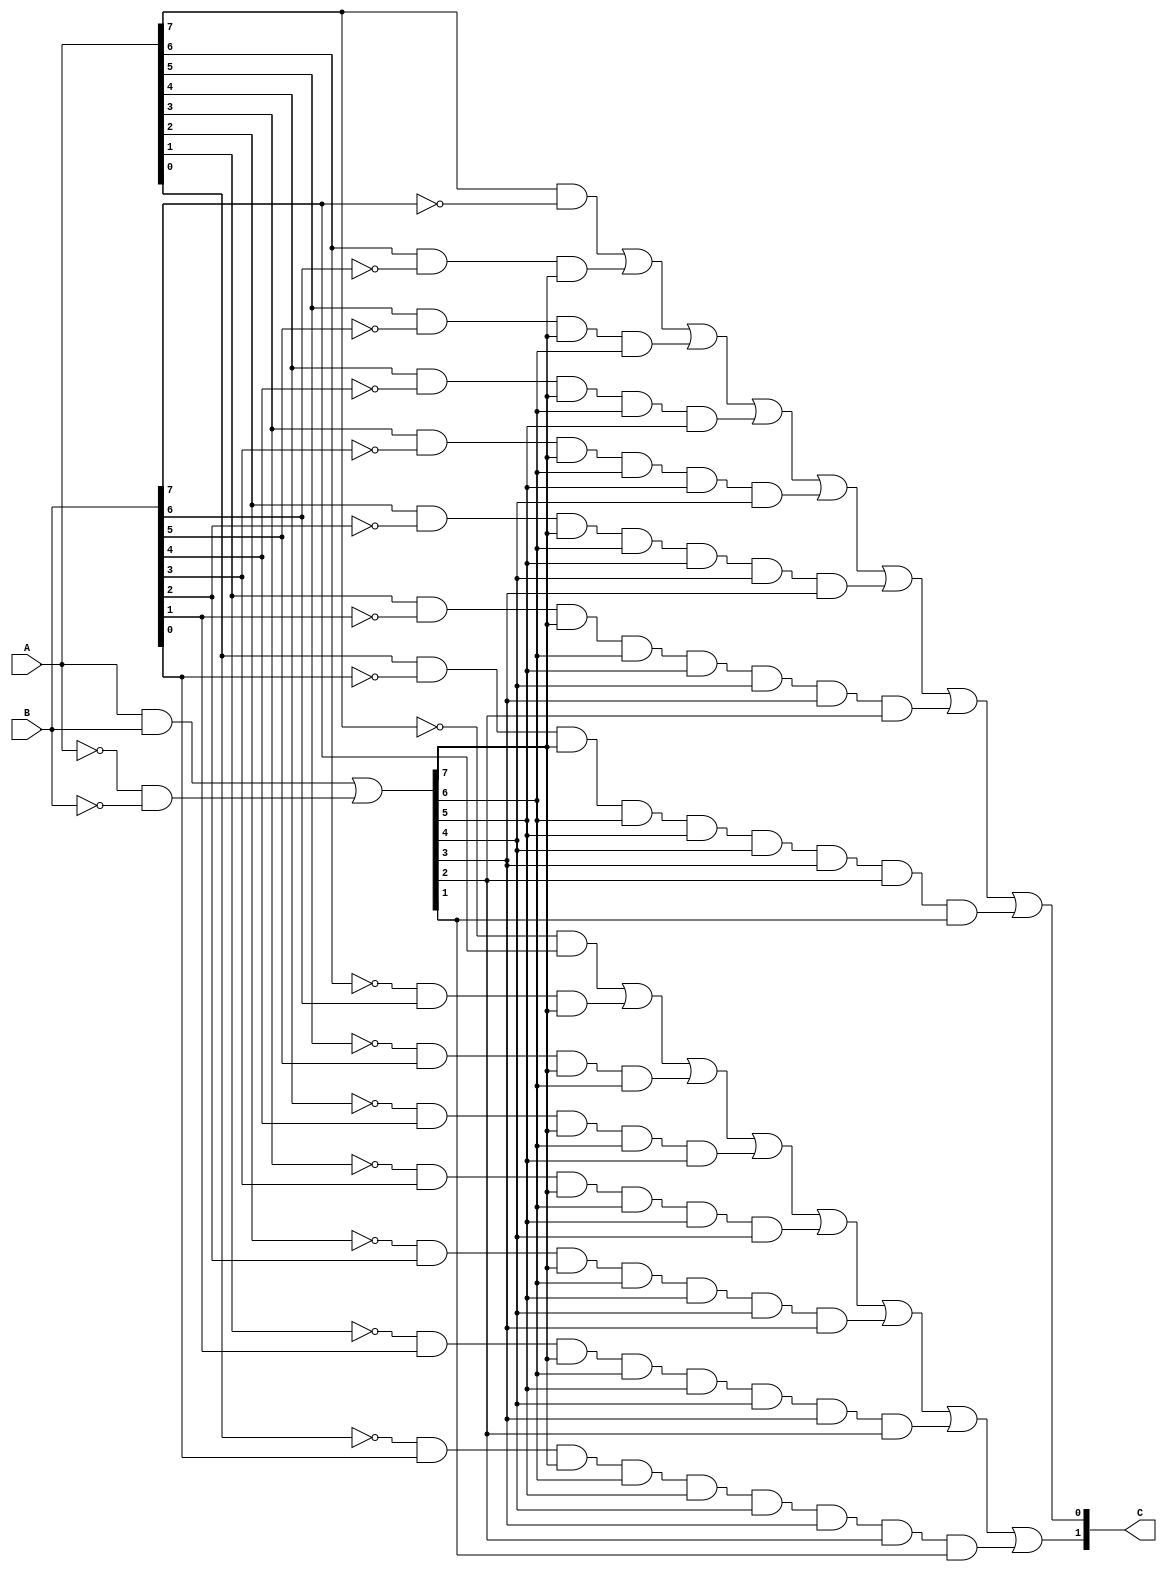
module comparator_structural (A, B, C);

// ===== INPUTS =====
input [7:0] A, B;

// ===== OUTPUTS =====
output [1:0] C;
wire[7:0] eq;

assign eq = (A & B) | (~A & ~B);

// (A > B)
assign C[0] = (A[7] & ~B[7]) |
              (A[6] & ~B[6] & eq[7]) |
              (A[5] & ~B[5] & eq[7] & eq[6]) |
              (A[4] & ~B[4] & eq[7] & eq[6] & eq[5]) |
              (A[3] & ~B[3] & eq[7] & eq[6] & eq[5] & eq[4]) |
              (A[2] & ~B[2] & eq[7] & eq[6] & eq[5] & eq[4] & eq[3]) |
              (A[1] & ~B[1] & eq[7] & eq[6] & eq[5] & eq[4] & eq[3] & eq[2]) |
              (A[0] & ~B[0] & eq[7] & eq[6] & eq[5] & eq[4] & eq[3] & eq[2] & eq[1]);
                            
// (A < B)
assign C[1] = (~A[7] & B[7]) |
              (~A[6] & B[6] & eq[7]) |
              (~A[5] & B[5] & eq[7] & eq[6]) |
              (~A[4] & B[4] & eq[7] & eq[6] & eq[5]) |
              (~A[3] & B[3] & eq[7] & eq[6] & eq[5] & eq[4]) |
              (~A[2] & B[2] & eq[7] & eq[6] & eq[5] & eq[4] & eq[3]) |
              (~A[1] & B[1] & eq[7] & eq[6] & eq[5] & eq[4] & eq[3] & eq[2]) |
              (~A[0] & B[0] & eq[7] & eq[6] & eq[5] & eq[4] & eq[3] & eq[2] & eq[1]);
endmodule